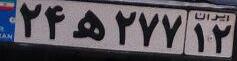
۲۴ه۲۷۷۱۲